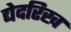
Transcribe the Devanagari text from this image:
द्येदरिख